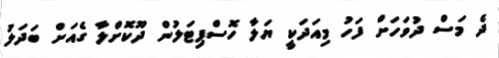
ދެ މަސް ދުވަހަށް ފަހު މިއަދަކީ ޔަލާ ހޮސްޕިޓަލުން ދޫކޮށްލާ ގެއަށް ބަދަލު